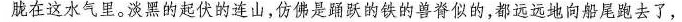
胧在这水气里。淡黑的起伏的连山，仿佛是踊跃的铁的兽脊似的，都远远地向船尾跑去了，